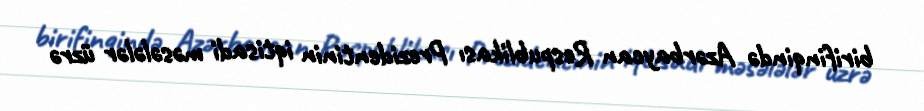
birifinqində Azərbaycan Respublikası Prezidentinin iqtisadi məsələlər üzrə